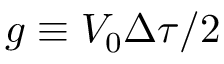
g \equiv V _ { 0 } \Delta \tau / 2